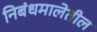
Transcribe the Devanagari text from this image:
निबंधमालेतील